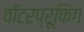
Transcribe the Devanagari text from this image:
वॉटरप्रूफिंग